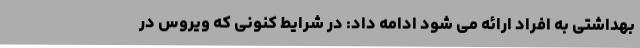
بهداشتی به افراد ارائه می شود ادامه داد: در شرایط کنونی که ویروس در